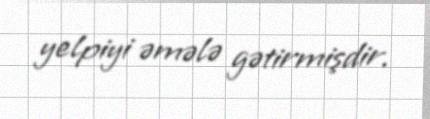
yelpiyi əmələ gətirmişdir.